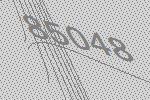
85048